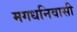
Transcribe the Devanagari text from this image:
मगधनिवासी